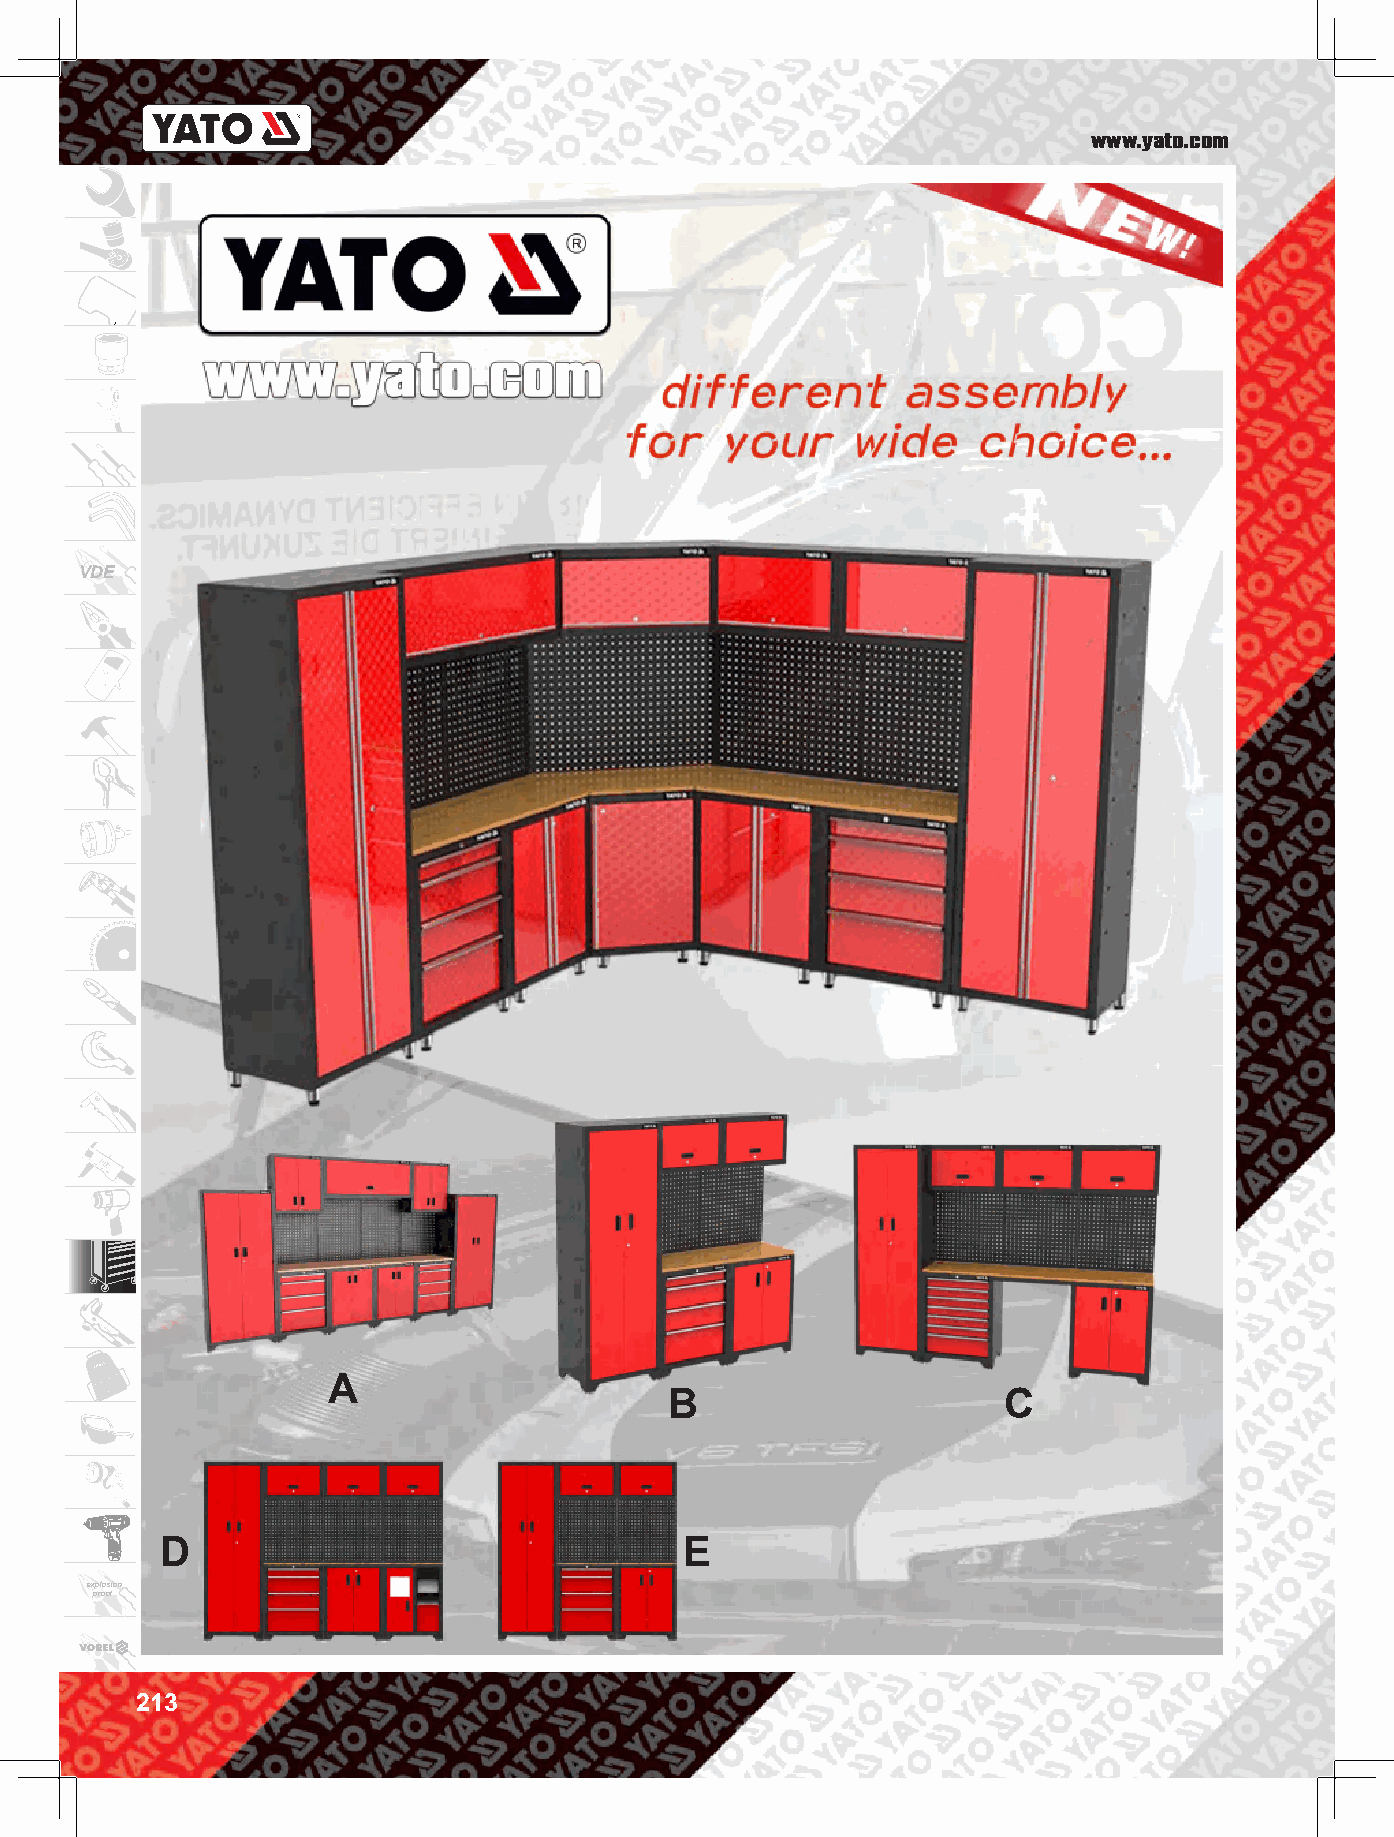
www.yato.com
 VDE
 A
 B                     C
 D                                 E
 explosion
 proof
 213